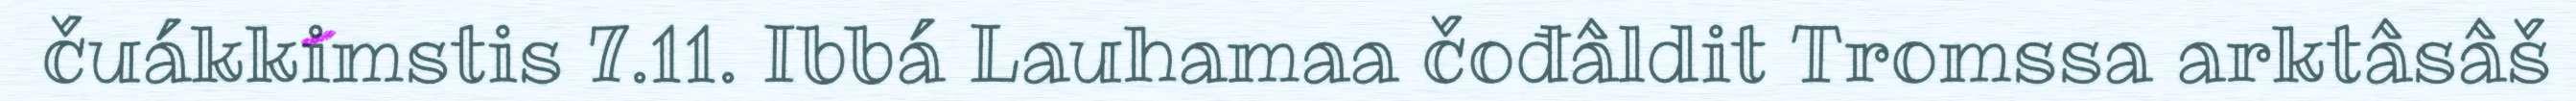
čuákkimstis 7.11. Ibbá Lauhamaa čođâldit Tromssa arktâsâš